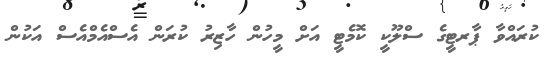
ކުރައްވާ ޕާރޓީގެ ސްލޫކީ ކޮމެޓީ އަށް މީހުން ހާޒިރު ކުރަން އެސްއެމްއެސް އަކުން